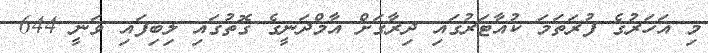
މި އަހަރުގެ ފުރަތަމަ ކުއާޓަރުގައި ދިރާގަށް އާމްދަނީގެ ގޮތުގައި ލިބިފައި ވަނީ 644